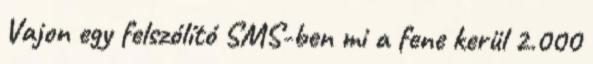
Vajon egy felszólító SMS-ben mi a fene kerül 2.000